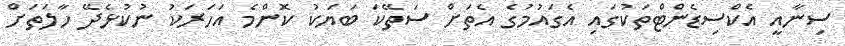
ސިނާއީ އެކްސިޑެންޓްތަކުގައި އެގައުމުގެ އެތަށް ސަތޭކަ ބަޔަކު ކޮންމެ އަހަރަކު ނުކުޅެދޭ ހާލަތަށް